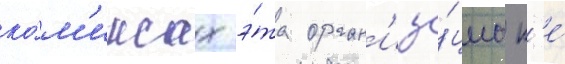
ко́м'иксах э́та орган'иза́циа н'е́